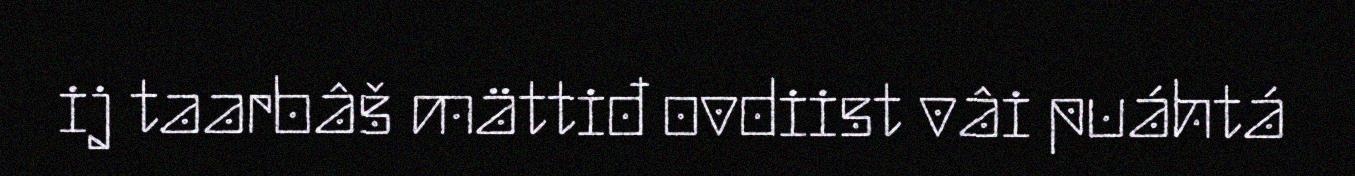
ij taarbâš mättiđ ovdiist vâi puáhtá